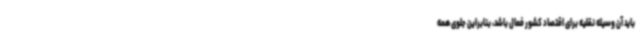
باید آن وسیله نقلیه برای اقتصاد کشور فعال باشد، بنابراین جلوی همه